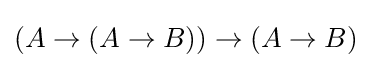
(A\rightarrow (A\rightarrow B))\rightarrow (A\rightarrow B)